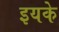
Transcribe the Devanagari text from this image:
इयके